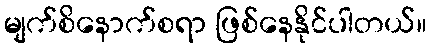
မျက်စိနောက်စရာ ဖြစ်နေနိုင်ပါတယ်။